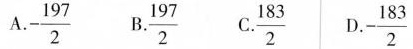
A. -\frac{197}{2} B. \frac{197}{2} C. \frac{183}{2} D. -\frac{183}{2}